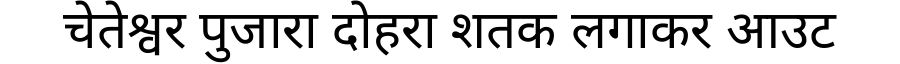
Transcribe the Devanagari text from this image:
चेतेश्वर पुजारा दोहरा शतक लगाकर आउट